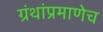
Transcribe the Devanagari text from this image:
ग्रंथांप्रमाणेच